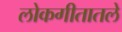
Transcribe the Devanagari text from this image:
लोकगीतातले